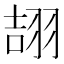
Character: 翓